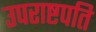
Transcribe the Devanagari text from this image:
उपराष्टपति